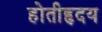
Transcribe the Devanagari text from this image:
होतीहृदय